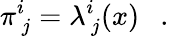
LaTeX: \pi_{\, j}^{i}=\lambda_{\, j}^{i}(x)~~~.